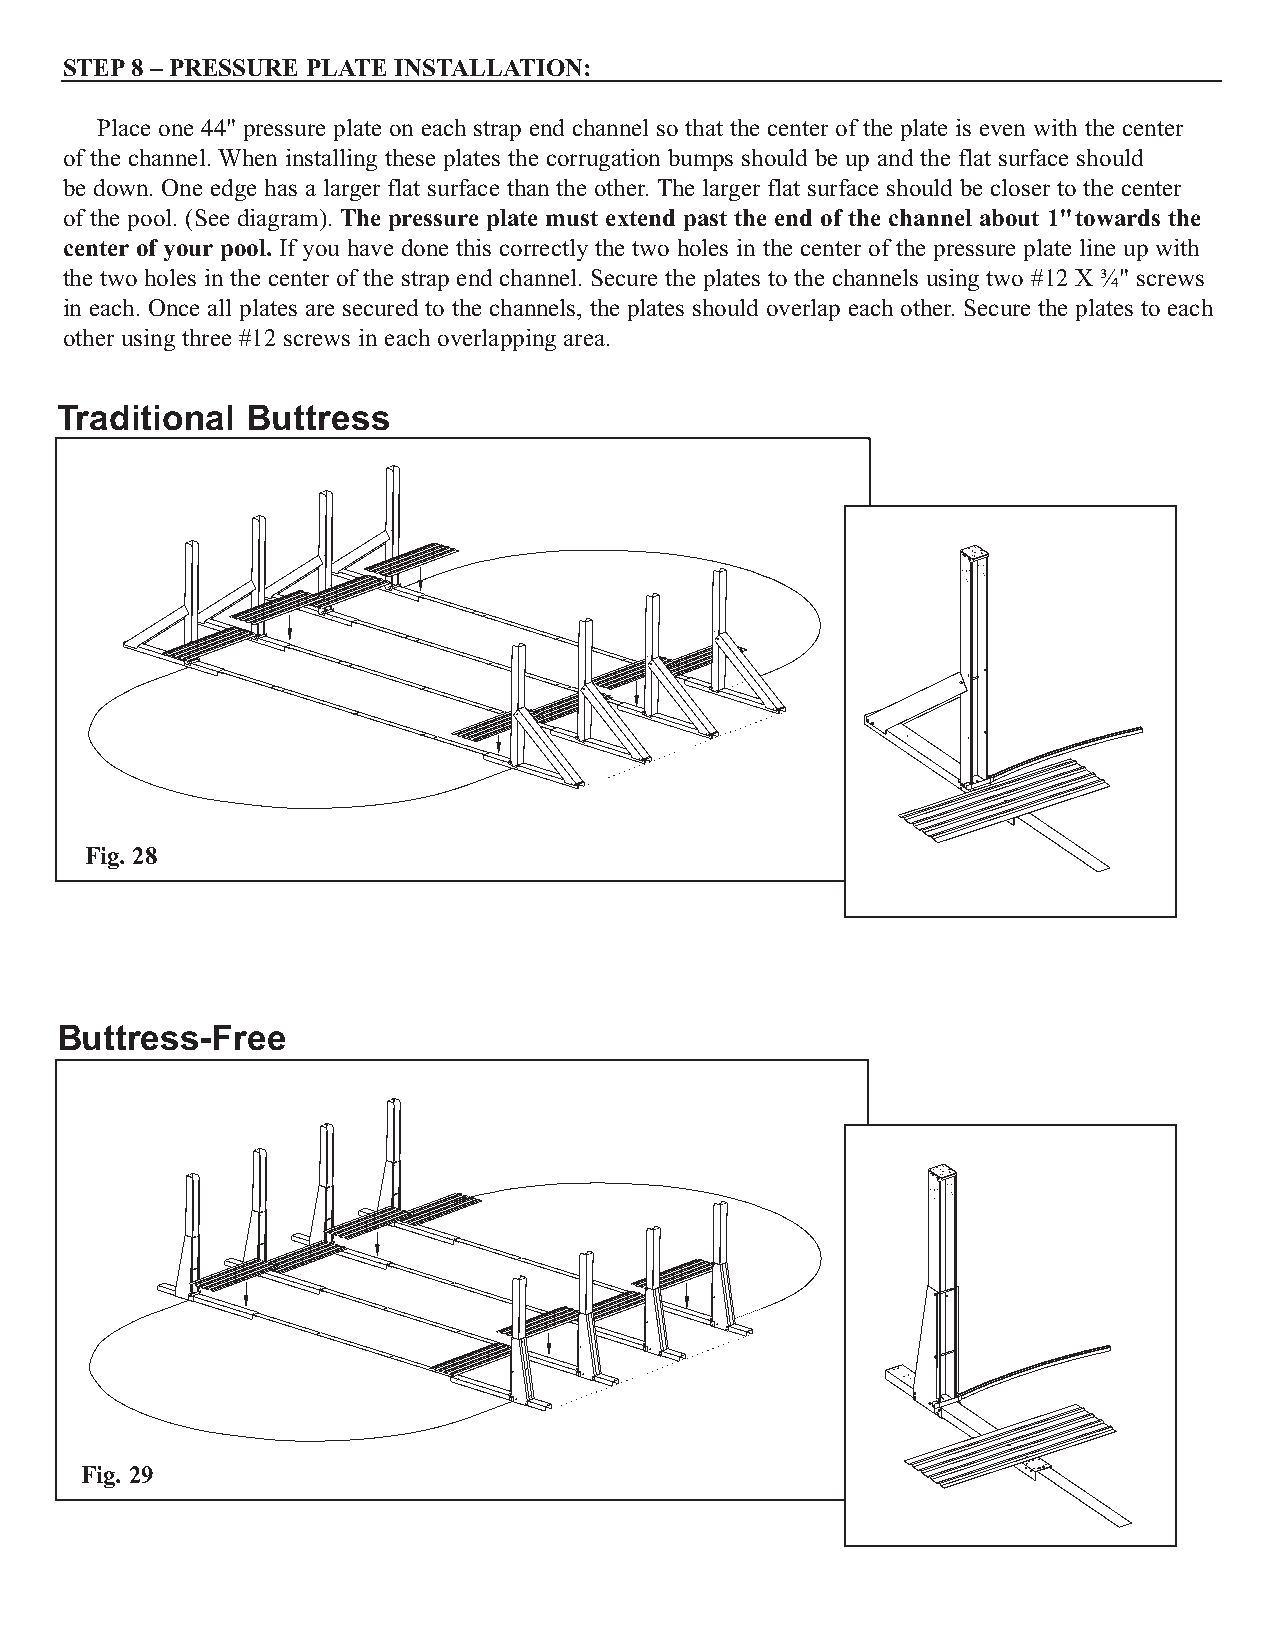
STEP8 – PRESSURE PLATE INSTALLATION:
 Place one 44" pressure plate on each strap end channel so that the center of the plate is even with the center
 of the channel. When installing these plates the corrugation bumps should be up and the flat surface should
 be down. One edge has a larger flat surface than the other. The larger flat surface should be closer to the center
 of the pool. (See diagram). The pressure plate must extend past the end of the channel about 1"towards the
 center of your pool. If you have done this correctly the two holes in the center of the pressure plate line up with
 the two holes in the center of the strap end channel. Secure the plates to the channels using two #12 X ¾" screws
 in each. Once all plates are secured to the channels, the plates should overlap each other. Secure the plates to each
 other using three #12 screws in each overlapping area.
 Traditional Buttress
 Fig. 28
 Buttress-Free
 Fig. 29